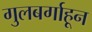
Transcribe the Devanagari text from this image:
गुलबर्गाहून